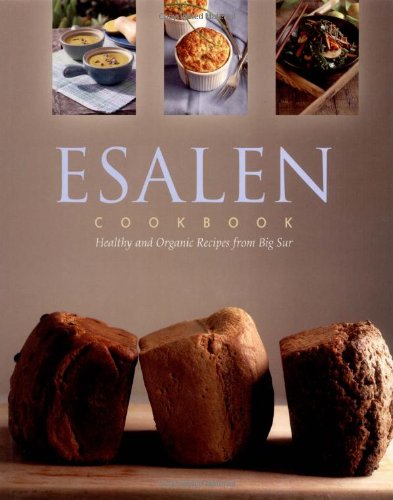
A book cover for Esalen Cookbook; Charlie Cascio; Cookbooks, Food & Wine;